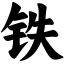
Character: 铁